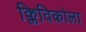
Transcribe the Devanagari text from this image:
क्लिविकोला